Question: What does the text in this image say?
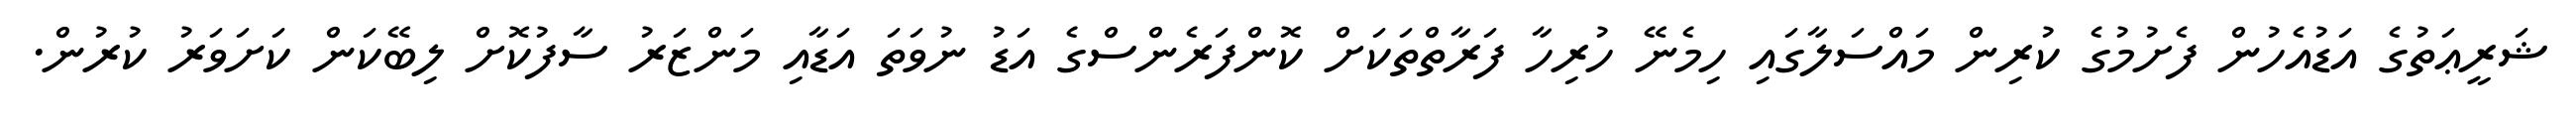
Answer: ޝަރީޢަތުގެ އަޑުއެހުން ފެށުމުގެ ކުރިން މައްސަލާގައި ހިމެނޭ ހުރިހާ ފަރާތްތަކަށް ކޮންފަރެންސްގެ އަޑު ނުވަތަ އަޑާއި މަންޒަރު ސާފުކޮށް ލިބޭކަން ކަށަވަރު ކުރުން.